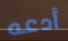
أدعه